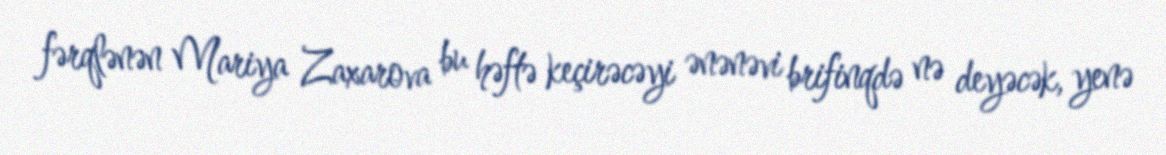
fərqlənən Mariya Zaxarova bu həftə keçirəcəyi ənənəvi brifinqdə nə deyəcək, yenə